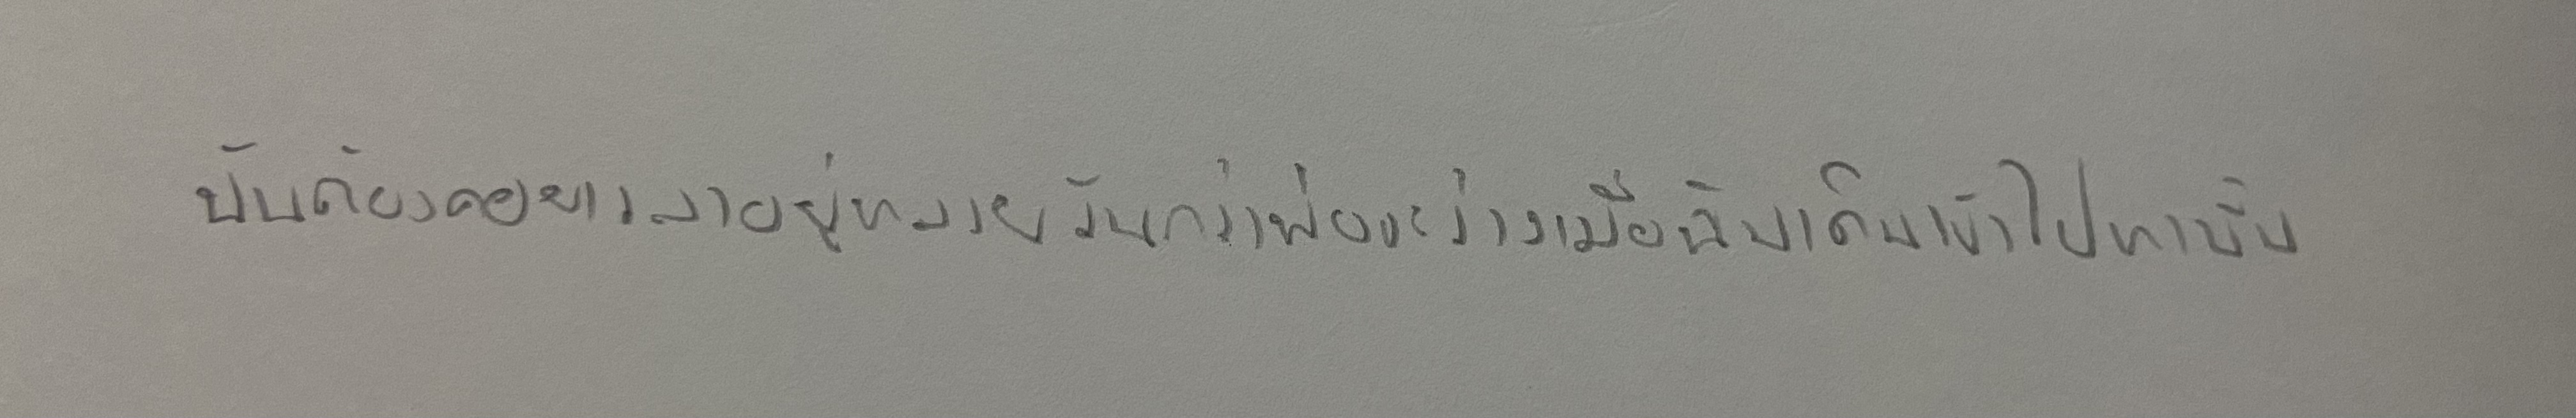
ฉันต้องคอยเวลาอยู่หลายวันกว่าพ่อจะว่างเมื่อฉันเดินเข้าไปหานั้น